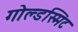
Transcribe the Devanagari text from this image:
गोल्डस्मिट